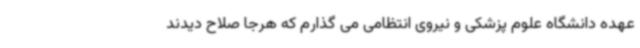
عهده دانشگاه علوم پزشکی و نیروی انتظامی می گذارم که هرجا صلاح دیدند